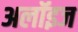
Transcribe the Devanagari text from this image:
अलॉइज